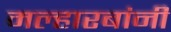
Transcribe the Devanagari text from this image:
मल्हारबांनी